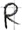
Text: R